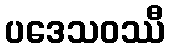
ပဒေသဝဿီ